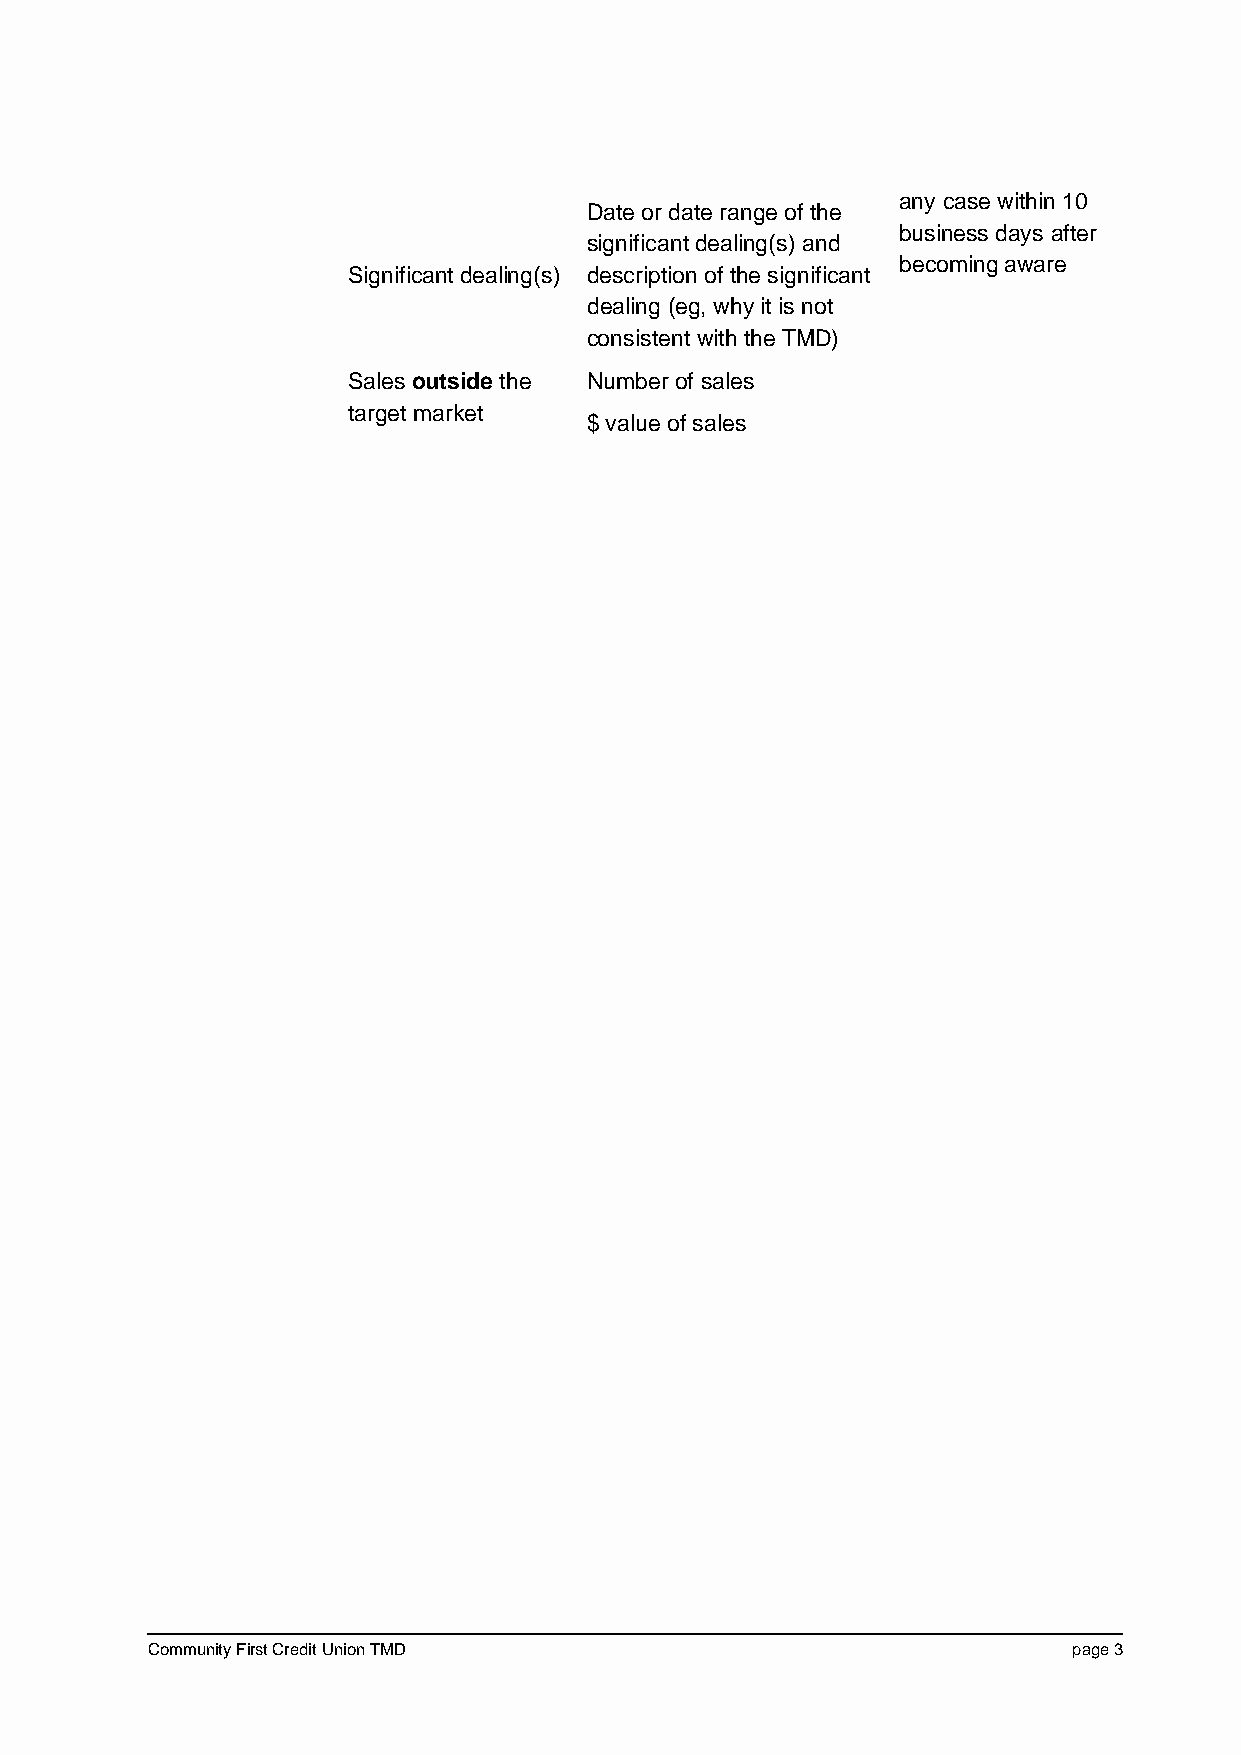
any case within 10
 Date or date range of the
 business days after
 significant dealing(s) and
 becoming aware
 Significant dealing(s) description of the significant
 dealing (eg, why it is not
 consistent with the TMD)
 Sales outside the Number of sales
 target market
 $ value of sales
 Community First Credit Union TMD                             page 3